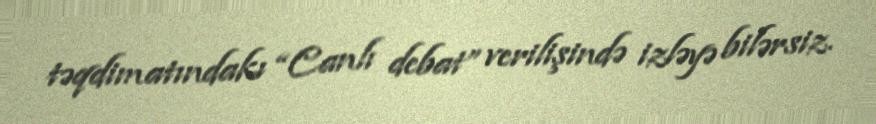
təqdimatındakı “Canlı debat” verilişində izləyə bilərsiz.